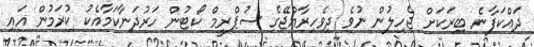
ދައްކަފާނެ ބިރަކަށް ޖެހިލުން ނުވެ ދިވެހިރާއްޖޭގެ ސުޕްރީމް ކޯޓުން ހަރުދަނާކަމާއެކު ކުރަމުން އައި